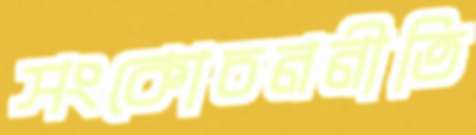
সংকোচননীতি